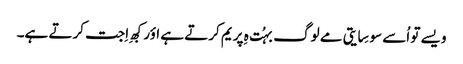
ویسے تو اُسے سوسِایتی مے لوگ بہُت ہِ پریم کرتے ہے اؤر کبھِ اِجت کرتے ہے۔